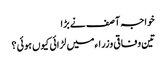
خواجہ آصف نے بڑا
تین وفاقی وزراءمیں لڑائی کیوں ہوئی ؟